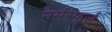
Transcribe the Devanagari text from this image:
नर्मस्फूर्ज